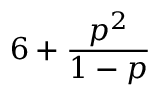
6 + { \frac { p ^ { 2 } } { 1 - p } }